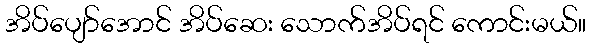
အိပ်ပျော်အောင် အိပ်ဆေး သောက်အိပ်ရင် ကောင်းမယ်။